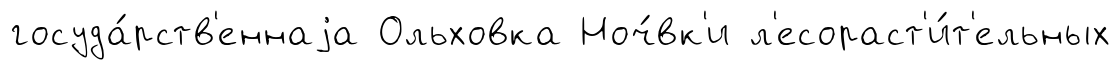
госуда́рств'еннаjа Ольховка Ноч́вк'и л'есораст'и́т'ельных